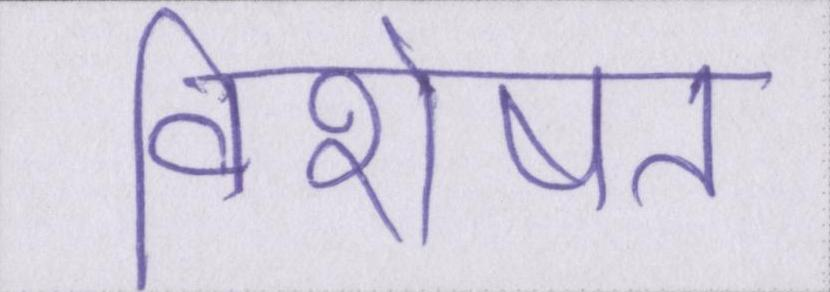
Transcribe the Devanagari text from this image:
विशेषत